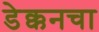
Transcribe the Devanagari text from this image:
डेक्कनचा